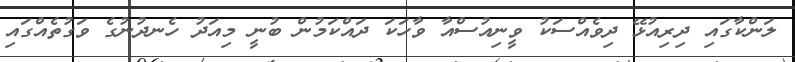
ލަންކާގައި ދިރިއުޅޭ ދިވެއްސަކު ވީނިއުސްއާ ވާހަކަ ދައްކަމުން ބުނީ މިއަދު ހެނދުނުގެ ވަގުތެއްގައި